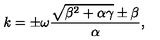
k = \pm \omega \frac { \sqrt { \beta ^ { 2 } + \alpha \gamma } \pm \beta } { \alpha } ,